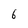
Character: 6